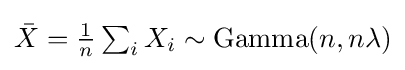
{\textstyle {\bar {X}}={\frac {1}{n}}\sum _{i}X_{i}\sim \operatorname {Gamma} (n,n\lambda )}